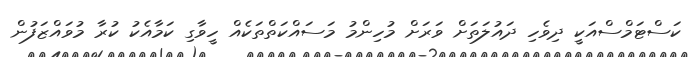
ކަސްޓަމްސްއަކީ ދިވެހި ދައުލަތަށް ވަރަށް މުހިންމު މަސައްކަތްތަކެއް ހީވާގި ކަމާއެކު ކުރާ މުވައްޒަފުން